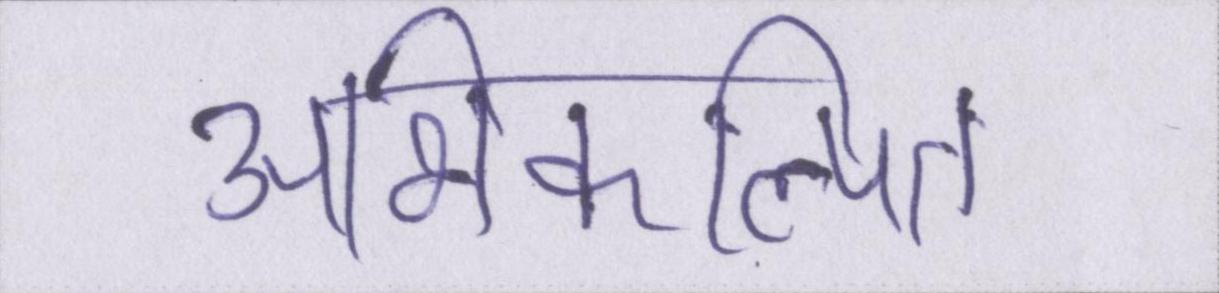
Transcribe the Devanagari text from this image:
अभिकल्पित